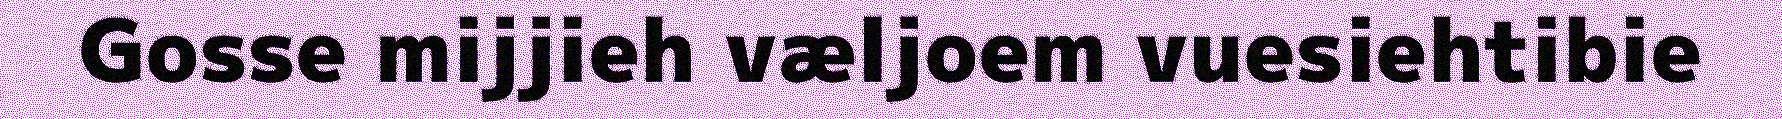
Gosse mijjieh væljoem vuesiehtibie